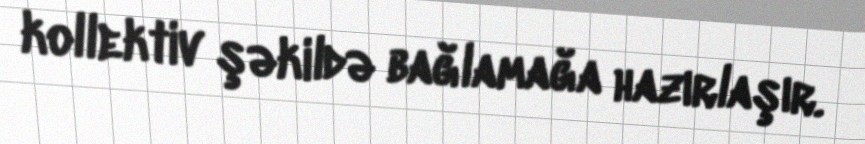
kollektiv şəkildə bağlamağa hazırlaşır.